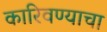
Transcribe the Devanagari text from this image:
कारिवण्याचा